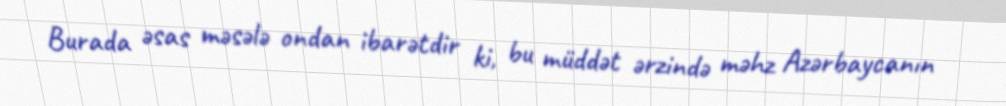
Burada əsas məsələ ondan ibarətdir ki, bu müddət ərzində məhz Azərbaycanın